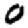
Digit: 0